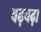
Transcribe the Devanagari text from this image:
बढ़चढ़ा